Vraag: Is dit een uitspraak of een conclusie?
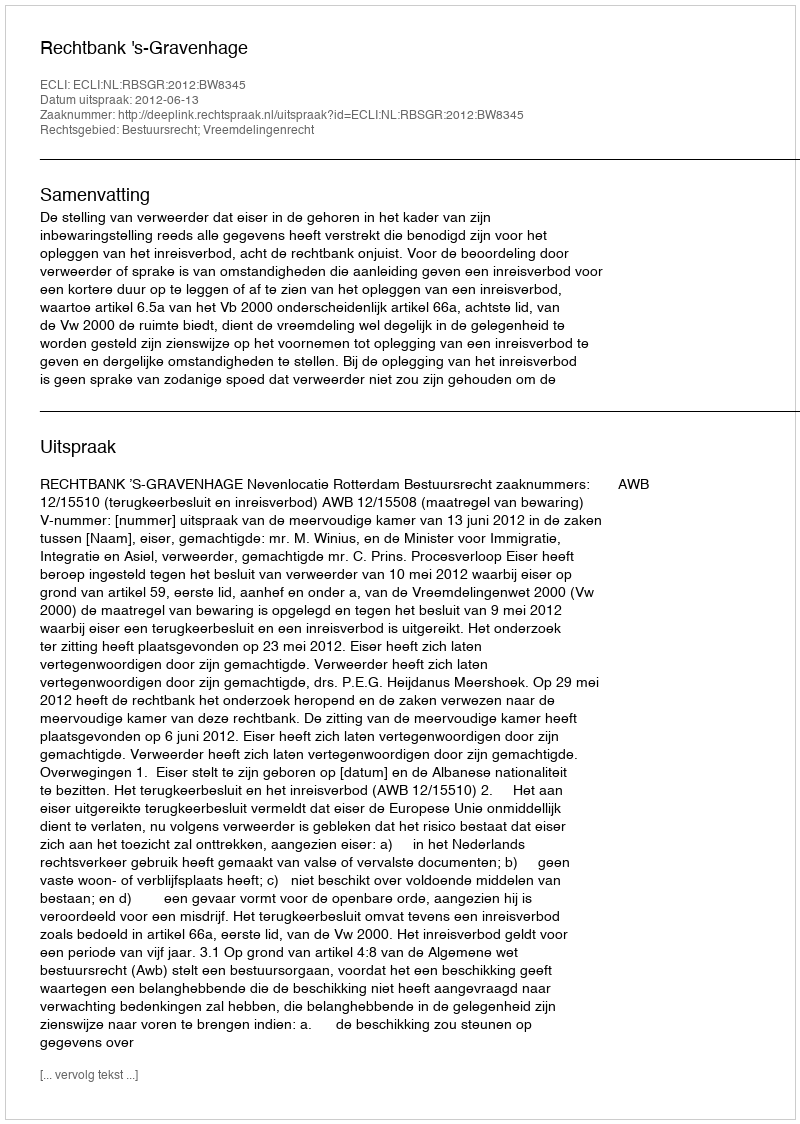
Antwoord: Uitspraak